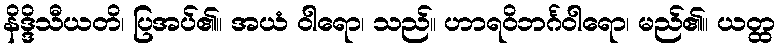
နိဒ္ဒိသီယတိ၊ ပြအပ်၏။ အယံ ဝါရော၊ သည်။ ဟာရဝိဘင်္ဂဝါရော၊ မည်၏။ ယတ္ထ